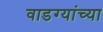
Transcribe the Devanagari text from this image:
वाडग्यांच्या